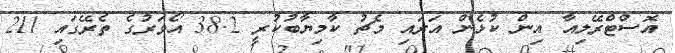
އޮސްޓްރޭލިއާ އިން ކުޅެން އަރައި މެޗު ކާމިޔާބުކުރީ 38.2 އޯވަރުގެ ތެރޭގައި 211